Vaccination in Bombay 1856-1862 - 1856-1862
Year: 1856
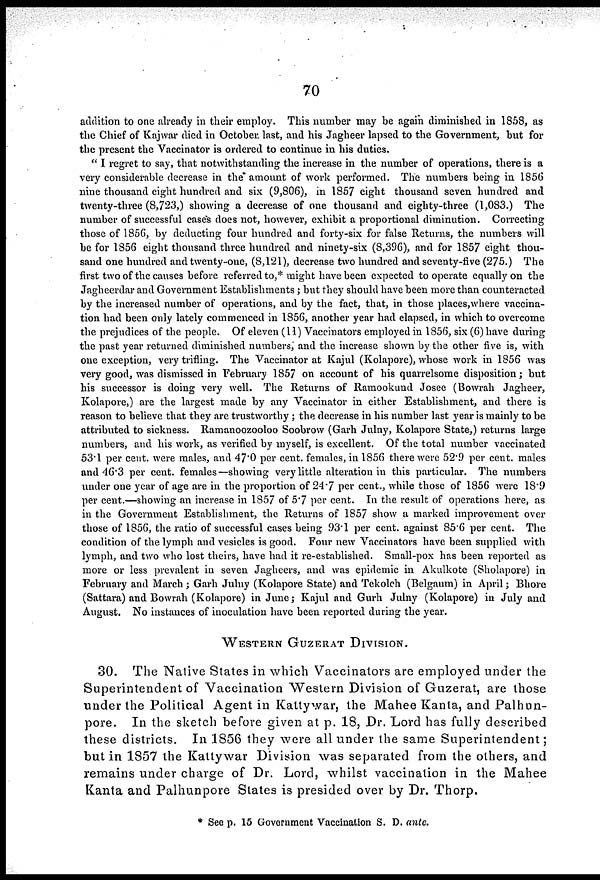
70
addition to one already in their employ. This number may be again diminished in 1858, as
the Chief of Kajwar died in October last, and his Jagheer lapsed to the Government, but for
the present the Vaccinator is ordered to continue in his duties.
" I regret to say, that notwithstanding the increase in the number of operations, there is a
very considerable decrease in the amount of work performed. The numbers being in 1856
nine thousand eight hundred and six (9,806), in 1857 eight thousand seven hundred and
twenty-three (8,723,) showing a decrease of one thousand and eighty-three (1,083.) The
number of successful cases does not, however, exhibit a proportional diminution. Correcting
those of 1856, by deducting four hundred and forty-six for false Returns, the numbers will
be for 1856 eight thousand three hundred and ninety-six (8,396), and for 1857 eight thou-
sand one hundred and twenty-one, (8,121), decrease two hundred and seventy-five (275.) The
first two of the causes before referred to,* might have been expected to operate equally on the
Jagheerdar and Government Establishments; but they should have been more than counteracted
by the increased number of operations, and by the fact, that, in those places,where vaccina-
tion had been only lately commenced in 1856, another year had elapsed, in which to overcome
the prejudices of the people. Of eleven (11) Vaccinators employed in 1856, six (6) have during
the past year returned diminished numbers, and the increase shown by the other five is, with
one exception, very trifling. The Vaccinator at Kajul (Kolapore), whose work in 1856 was
very good, was dismissed in February 1857 on account of his quarrelsome disposition; but
his successor is doing very well. The Returns of Ramookund Josee (Bowrah Jagheer,
Kolapore,) are the largest made by any Vaccinator in either Establishment, and there is
reason to believe that they are trustworthy ; the decrease in his number last year is mainly to be
attributed to sickness. Ramanoozooloo Soobrow (Garh Julny, Kolapore State,) returns large
numbers, and his work, as verified by myself, is excellent. Of the total number vaccinated
53.1 per cent. were males, and 47.0 per cent. females, in 1856 there were 52.9 per cent. males
and 46.3 per cent. females—showing very little alteration in this particular. The numbers
under one year of age are in the proportion of 24.7 per cent., while those of 1856 were 18.9
per cent.—showing an increase in 1857 of 5.7 per cent. In the result of operations here, as
in the Government Establishment, the Returns of 1857 show a marked improvement over
those of 1856, the ratio of successful cases being 93.1 per cent. against 85.6 per cent. The
condition of the lymph and vesicles is good. Four new Vaccinators have been supplied with
lymph, and two who lost theirs, have had it re-established. Small-pox has been reported as
more or less prevalent in seven Jagheers, and was epidemic in Akulkote (Sholapore) in
February and March ; Garh Julny (Kolapore State) and Tekolch (Belgaum) in April; Bhore
(Sattara) and Bowrah (Kolapore) in June; Kajul and Gurh Julny (Kolapore) in July and
August. No instances of inoculation have been reported during the year.
WESTERN GUZERAT DIVISION.
30. The Native States in which Vaccinators are employed under the
Superintendent of Vaccination Western Division of Guzerat, are those
under the Political Agent in Kattywar, the Mahee Kanta, and Palhun-
pore. In the sketch before given at p. 18, Dr. Lord has fully described
these districts. In 1856 they were all under the same Superintendent;
but in 1857 the Kattywar Division was separated from the others, and
remains under charge of Dr. Lord, whilst vaccination in the Mahee
Kanta and Palhunpore States is presided over by Dr. Thorp.
* See p. 15 Government Vaccination S. D. ante.